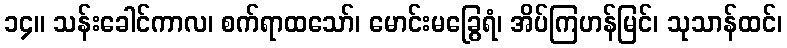
၁၄။ သန်းခေါင်ကာလ၊ စက်ရာထသော်၊ မောင်းမခြွေရံ၊ အိပ်ကြဟန်မြင်၊ သုသာန်ထင်၊